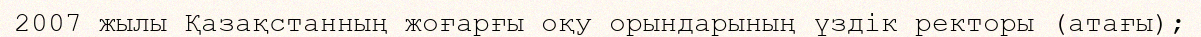
2007 жылы Қазақстанның жоғарғы оқу орындарының үздік ректоры (атағы);